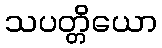
သပတ္တိယော